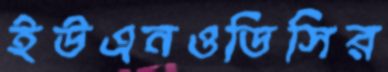
ইউএনওডিসির